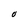
Character: O